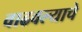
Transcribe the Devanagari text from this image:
वाढवल्याचे